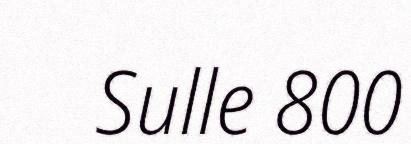
Sulle 800